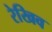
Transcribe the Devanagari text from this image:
रेखिव